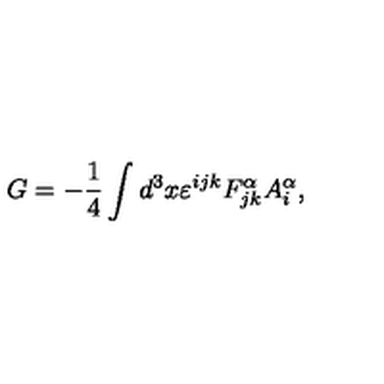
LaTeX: G = - \frac { 1 } { 4 } \int d ^ { 3 } x \varepsilon ^ { i j k } F _ { j k } ^ { \alpha } A _ { i } ^ { \alpha } ,